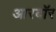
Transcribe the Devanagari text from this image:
आरबॉर